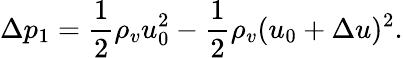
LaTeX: \Delta p_{1}=\frac{1}{2}\rho_{v}u_{0}^{2}-\frac{1}{2}\rho_{v}(u_{0}+\Delta u)^{2}.